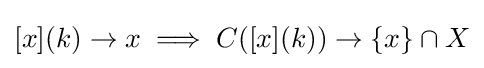
[x](k)\rightarrow x\implies C([x](k))\rightarrow \{x\}\cap X